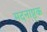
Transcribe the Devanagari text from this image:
मदनाष्ठ्क